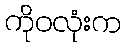
ကိုဝလုံးက